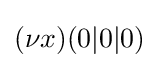
(\nu x)(0|0|0)